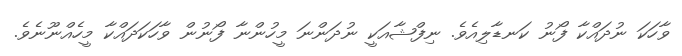
ވާހަކަ ނުދައްކާ ފޯނު ކަނޑާލިއެވެ. ނިފްޝާއަކީ ނުދަންނަ މީހުންނާ ފޯނުން ވާހަކަދައްކާ މީހެއްނޫނެވެ.